Lunatic asylums Punjab 1881-1894 - 1881-1894
Year: 1881
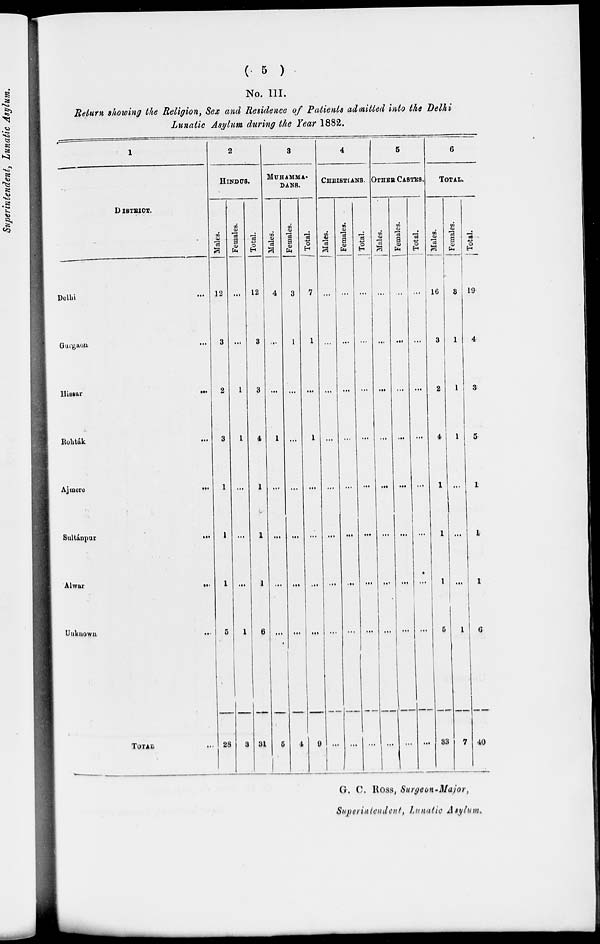
( 5 )
No. III.
Return showing the Religion, Sex and Residence of Patients admitted into the Delhi
Lunatic Asylum during the Year 1882.
1
DISTRICT.
Delhi
...
Gurgnon
...
Hissar
...
Rohták
...
Ajmere
...
Sultánpur
...
Alwar
...
Uuknown
...
TOTAL ...
2
HINDUS.
Males.
12
3
2
8
1
1
1
5
28
Females.
...
...
1
1
...
...
...
1
3
Total.
12
3
3
4
1
1
1
6
31
3
MUHAMMA-
DANS.
Males.
4
...
...
1
...
...
...
...
5
Females.
3
1
...
...
...
...
...
...
4
Total.
7
1
...
1
...
...
...
...
9
4
CHRISTIAN.
Males.
...
...
...
...
...
...
...
...
...
Females.
...
...
...
...
...
...
...
...
...
Total.
...
...
...
...
...
...
...
...
...
5
OTHER CASTES.
Males.
...
...
...
...
...
...
...
...
...
Females.
...
...
...
...
...
...
...
...
...
Total.
...
...
...
...
...
...
...
...
6
TOTAL.
Males.
16
3
2
4
1
1
1
5
33
Females.
3
1
1
1
...
...
...
1
7
Total.
19
4
3
5
1
1
1
6
40
G. C. ROSS , Surgeon -Major,
Superintendent, Lunatic Asylum .